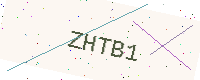
Text: ZHTB1